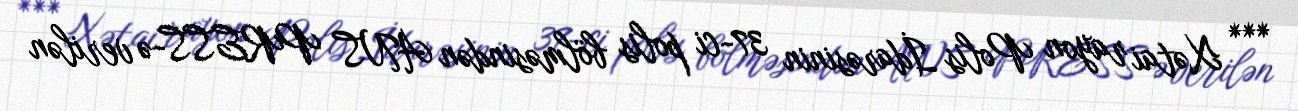
*** Xətai rayon Polis İdarəsinin 37-ci polis bölməsindən ANS PRESS-ə verilən